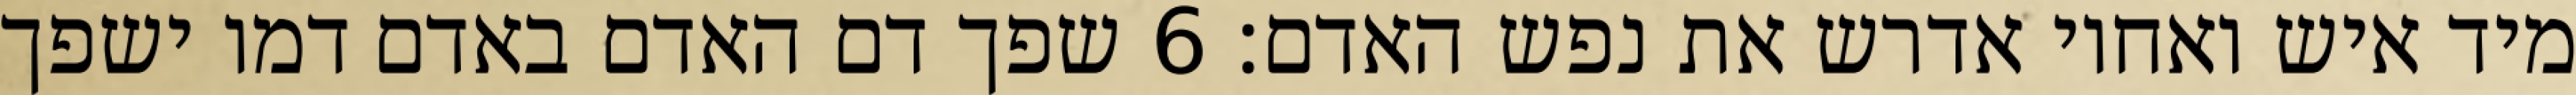
מיד איש ואחיו אדרש את נפש האדם׃ ‎6‏ שפך דם האדם באדם דמו ישפך